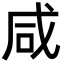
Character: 咸